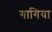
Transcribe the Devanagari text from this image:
गागिया